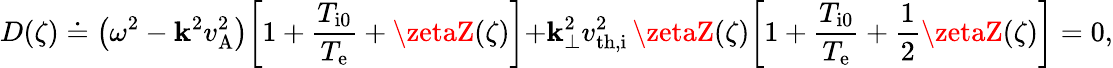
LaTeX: D(\zeta)\doteq\bigl(\omega^{2}-\mathbf{k}^{2}v_{\mathrm{{A}}}^{2}\bigr)\biggl[1+\frac{{T_{\mathrm{{i0}}}}}{{T_{\mathrm{{e}}}}}+\zetaZ(\zeta)\biggl]+\mathbf{k}_{\perp}^{2}v_{\mathrm{{th,i}}}^{2}\, \zetaZ(\zeta)\biggl[1+\frac{{T_{\mathrm{{i0}}}}}{{T_{\mathrm{{e}}}}}+\frac{{1}}{{2}}\zetaZ(\zeta)\biggr]=0,